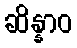
ဆိန္နာဝ